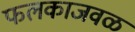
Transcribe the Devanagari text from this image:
फलकाजवळ